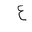
Letter: _ayn